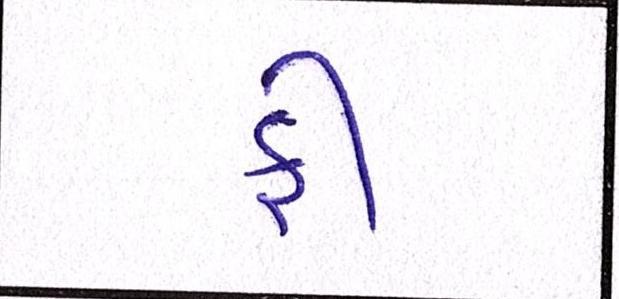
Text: ફી